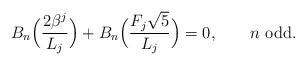
LaTeX: \begin{align*}B_n \Big(\frac{2\beta ^j }{L_j }\Big) + B_n \Big(\frac{F_j \sqrt 5 } {L_j }\Big) = 0,\qquad\mbox{$n$ odd}.\end{align*}